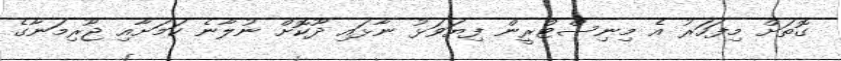
ގޮތަށް މިފަހަރު އެ މިނިސްޓްރީން ފިޔަވަޅު ނާޅައި ދޫކޮށް ނުލާނެ ކަމަށާއި ޖޫރިމަނާގެ